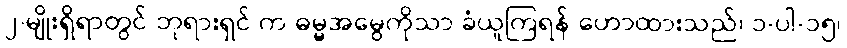
၂-မျိုးရှိရာတွင် ဘုရားရှင် က ဓမ္မအမွေကိုသာ ခံယူကြရန် ဟောထားသည်၊ ၁-ပါ-၁၅၊